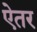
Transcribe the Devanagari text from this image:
ऐतर